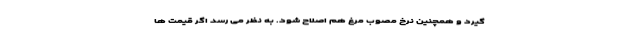
گیرد و همچنین نرخ مصوب مرغ هم اصلاح شود. به نظر می رسد اگر قیمت ها